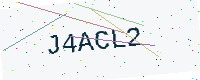
Text: J4ACL2